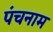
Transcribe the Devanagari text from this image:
पंचनाम